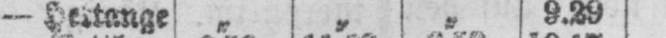
- Hettange „ „ „ 9.29